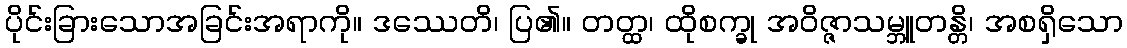
ပိုင်းခြားသောအခြင်းအရာကို။ ဒဿေတိ၊ ပြ၏။ တတ္ထ၊ ထိုစက္ခု အဝိဇ္ဇာသမ္ဘူတန္တိ၊ အစရှိသော